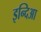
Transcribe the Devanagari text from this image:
इन्दिआ